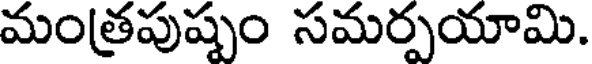
మంత్రపుష్పం సమర్పయామి.